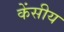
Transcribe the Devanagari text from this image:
केंसीय